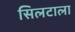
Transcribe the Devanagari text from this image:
सिलटाला